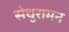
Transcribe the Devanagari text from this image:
सेथुरामन